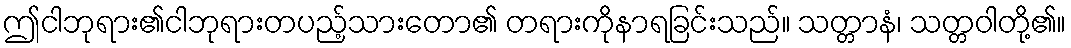
ဤငါဘုရား၏ငါဘုရားတပည့်သားတော၏ တရားကိုနာရခြင်းသည်။ သတ္တာနံ၊ သတ္တဝါတို့၏။